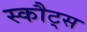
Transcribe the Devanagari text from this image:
स्कौट्स